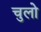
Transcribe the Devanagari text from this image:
चुलो